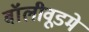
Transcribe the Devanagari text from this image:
बॉलीवूडमे